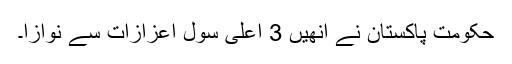
حکومت پاکستان نے انھیں 3 اعلیٰ سول اعزازات سے نوازا۔